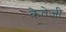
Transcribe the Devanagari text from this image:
केतेजी